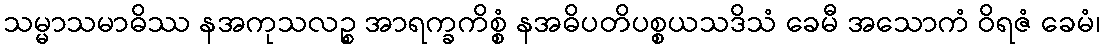
သမ္မာသမာဓိဿ နအကုသလဉ္စ အာရက္ခကိစ္စံ နအဓိပတိပစ္စယသဒိသံ ခေမီ အသောကံ ဝိရဇံ ခေမံ၊